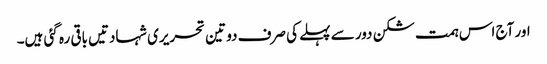
اور آج اس ہمت شکن دور سے پہلے کی صرف دو تین تحریری شہادتیں باقی رہ گئی ہیں۔